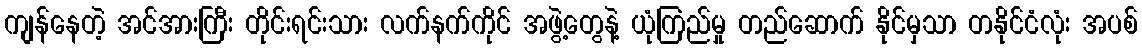
ကျန်နေတဲ့ အင်အားကြီး တိုင်းရင်းသား လက်နက်ကိုင် အဖွဲ့တွေနဲ့ ယုံကြည်မှု တည်ဆောက် နိုင်မှသာ တနိုင်ငံလုံး အပစ်